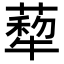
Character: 𦺙